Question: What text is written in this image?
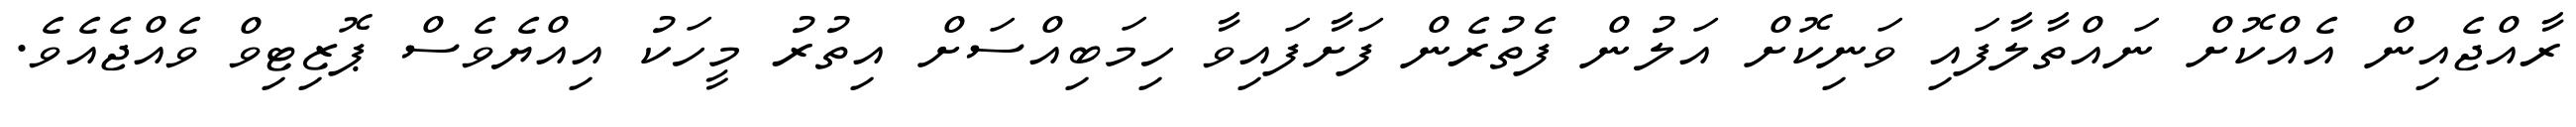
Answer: ރާއްޖެއިން އެއްކޮށް ނައްތާލާފައި ވަނިކޮށް އަލުން ފެތުރެން ފަށާފައިވާ ހިމަބިއްސަށް އިތުރު މީހަކު އިއްޔެވެސް ޕޮޒިޓިވް ވެއްޖެއެވެ.